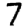
Digit: 7